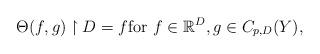
LaTeX: \begin{align*}\Theta(f,g)\upharpoonright D= f \mbox{for } f\in \mathbb{R}^D, g\in C_{p,D}(Y),\end{align*}